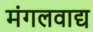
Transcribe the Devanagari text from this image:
मंगलवाद्य